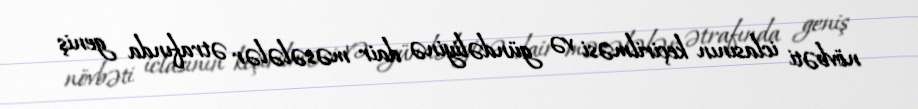
növbəti iclasının keçirilməsi və gündəliyinə dair məsələlər ətrafında geniş